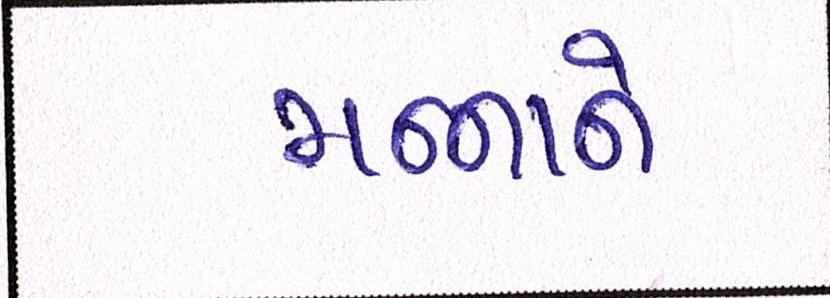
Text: મન્નાને